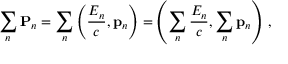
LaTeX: \sum _ { n } \mathbf { P } _ { n } = \sum _ { n } \left( { \frac { E _ { n } } { c } } , \mathbf { p } _ { n } \right) = \left( \sum _ { n } { \frac { E _ { n } } { c } } , \sum _ { n } \mathbf { p } _ { n } \right) \, ,